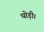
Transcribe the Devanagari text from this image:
थोड़ी।